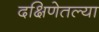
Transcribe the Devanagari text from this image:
दक्षिणेतल्या